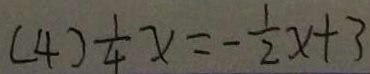
( 4 ) \frac { 1 } { 4 } x = - \frac { 1 } { 2 } x + 3